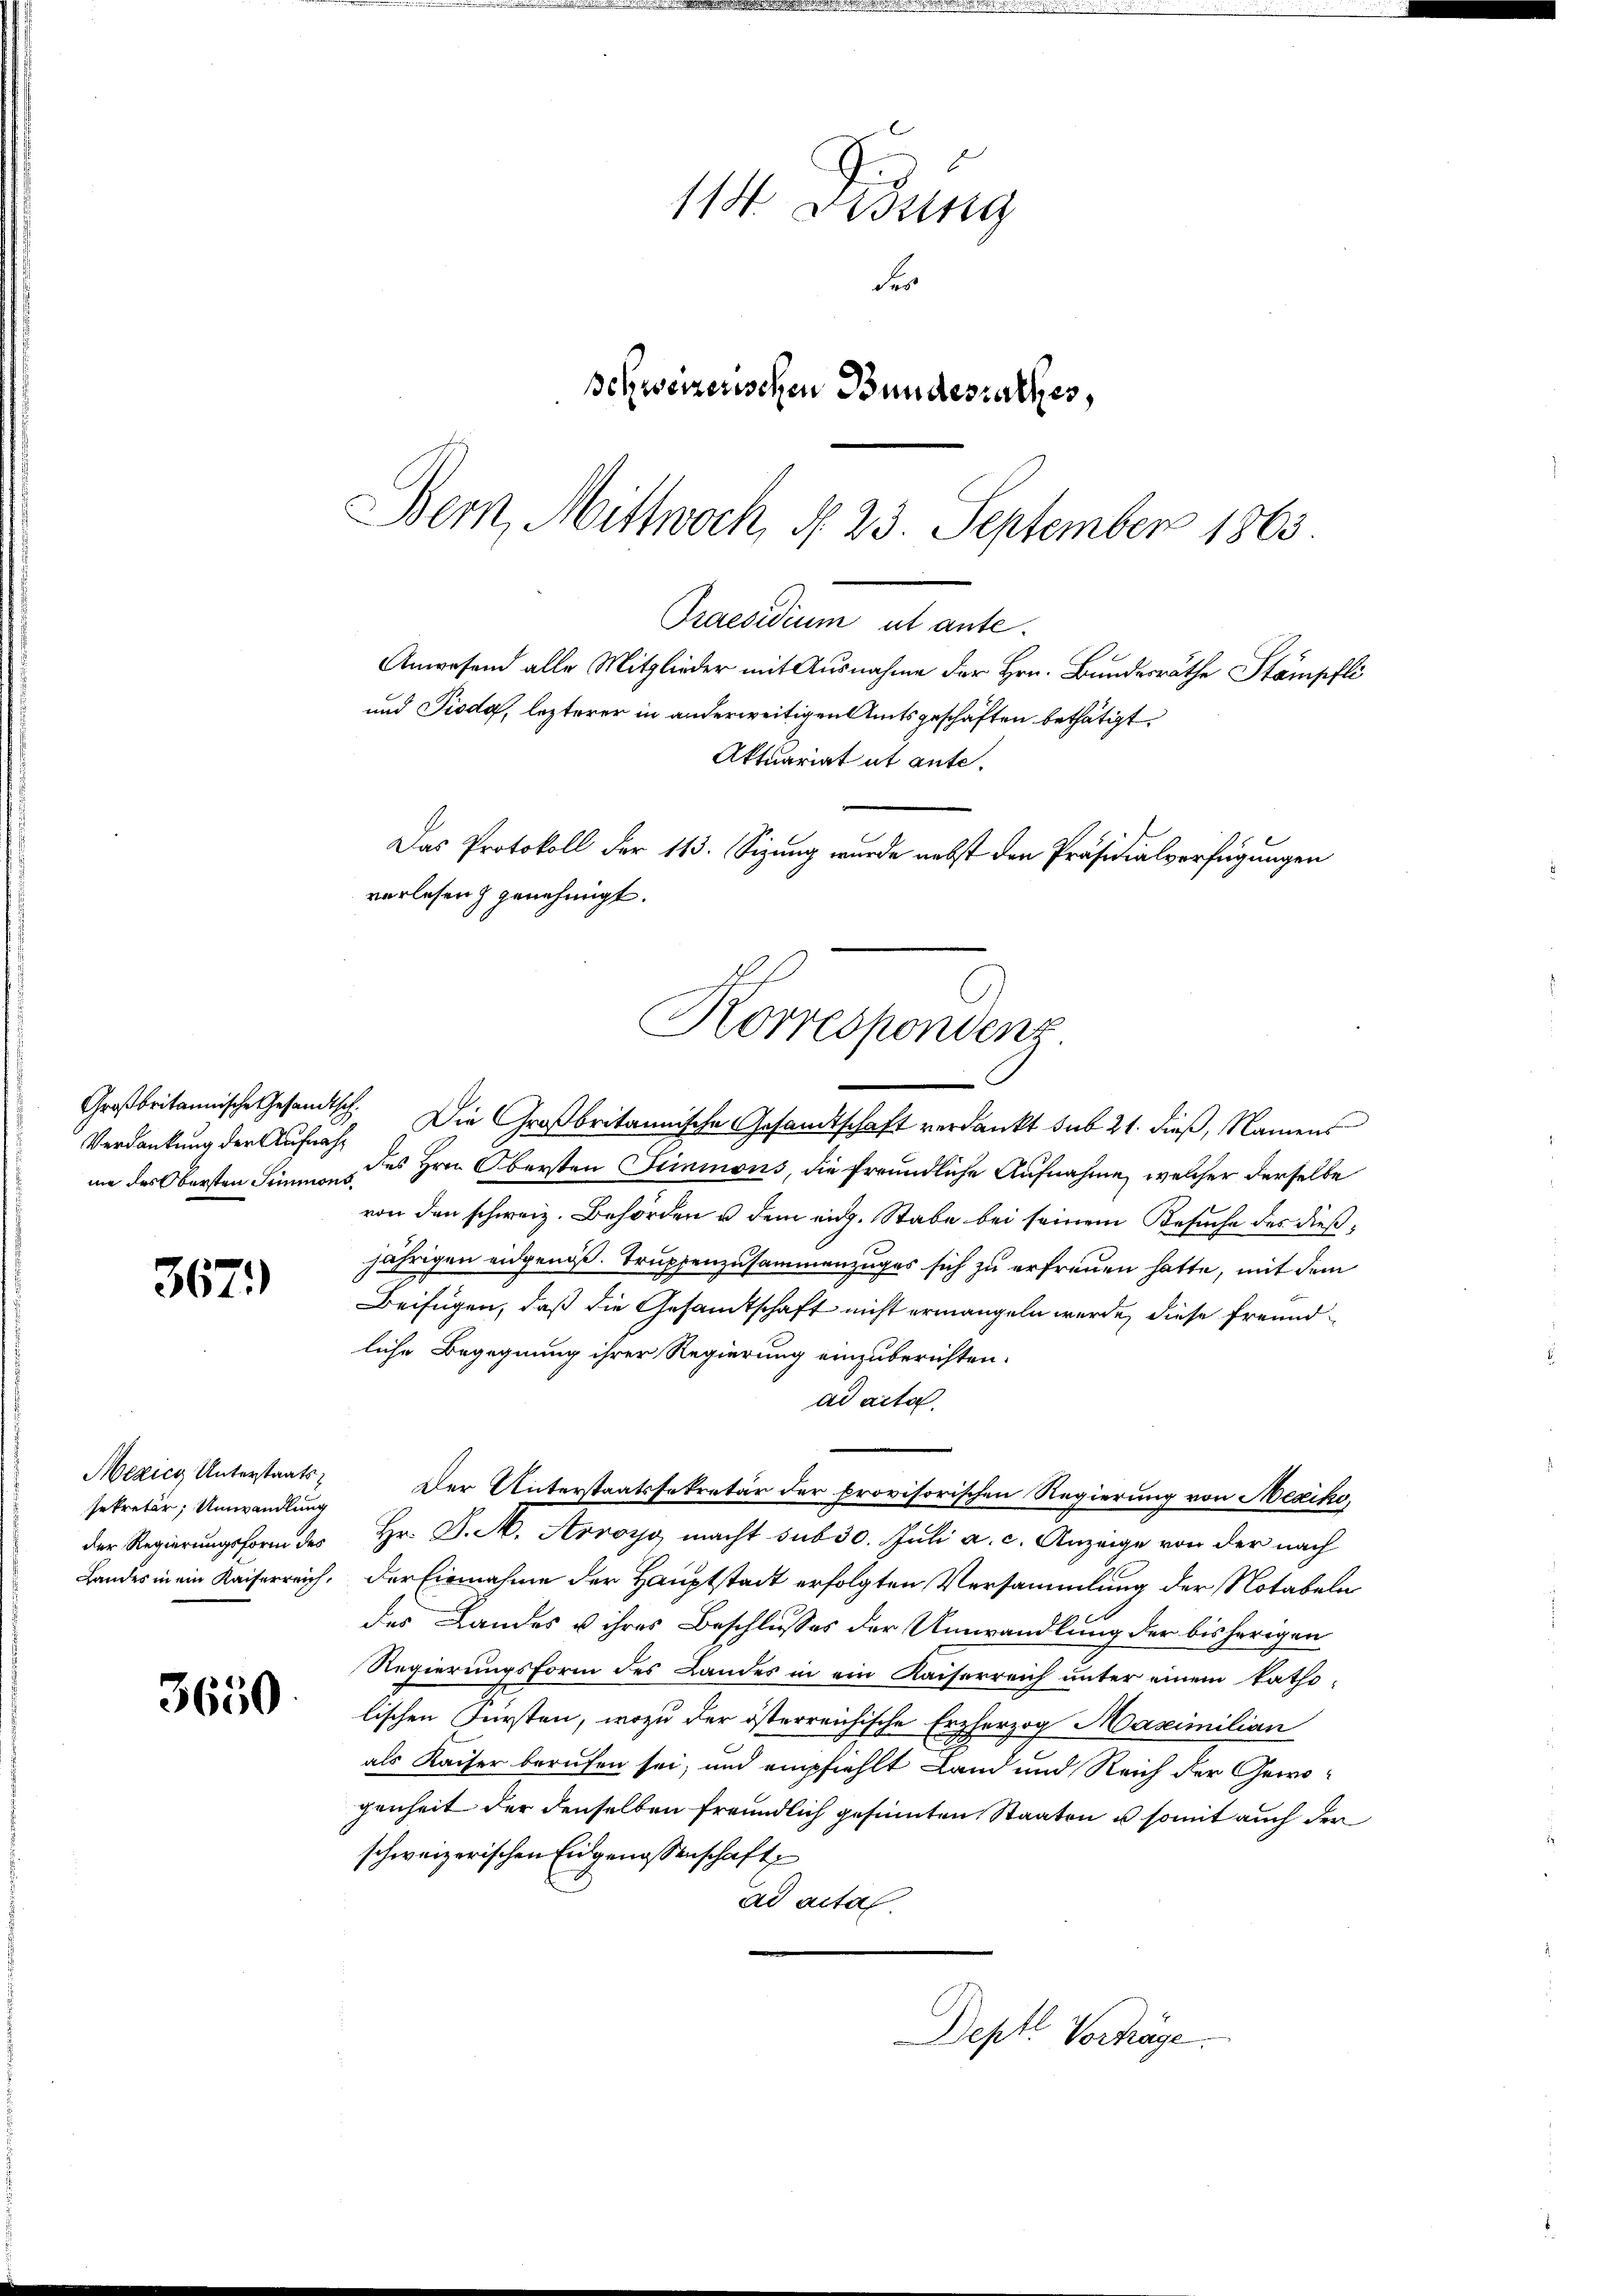
Verdankung der Aufnah¬

367)

Mezicy Unterstaatssekretär, Umwandlung

3650

11 Dessing
Fer
schweizerischen Bundesrathes,
Bern, Mittwoch, § 23. September 1863

Großbritannische Gesandtsch. Die Großbritannische Gesandtschaft verdankt sub 21. dieß, Namens
mie des Obersten Simmen des Hrn. Obersten Seinmons, die freundliche Aufnahme, welcher derselbe
von den schweiz. Behörden u dem eidg. Stabe bei seinem Besuche des dießjährigen eidgenöß. Truppenzusammenzuges sich zu erfreuen hatte, mit dem
Beifügen, daß die Gesamtschaft nicht ermangeln werde, diese Freundliche Begegnung ihrer Regierung einzuberichten.
ad acta.
Der Unterstaatssekretär der provisorischen Regierung von Mexiko
der Regierungsform des Hr. J. M. Avvoyo macht sub 30. Juli a. c. Anzeige von der nach
Landes in ein Kaiserreich. Der Einnahme der Hauptstadt erfolgten Versammlung der Notabeln
des Landes u ihres Beschlusses der Umwandlung der bisherigen
Regierungsform des Landes in ein Kaiserreich unter einem katholischen Fürsten, wozu der österreichische Erzherzog Maximilian
als Kaiser berufen sei, und empfiehlt Land und Reich der Gewogenheit der denselben freundlich gesinnten Staaten u somit auch der
schweizerischen Eidgenossenschaft
ad actal.
Dept Vorträge.

Praedium et ante.
Anwesend alle Mitglieder mit Ausnahme der Hrn. Bundesräthe Stämpfli
und Pioda, lezterer in anderweitigen Amtsgeschäften bethätigt.
Aktuariat it ante.
Das Protokoll der 113. Sizung wurde nebst den Präsidialverfügungen
verlesen genehmigt.
Korrespondenz.